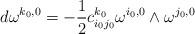
LaTeX: \begin{align*}d\omega^{k_{0},0}= -\frac{1}{2} c_{i_{ 0}j_{ 0}}^{k_{ 0}}\omega^{i_{ 0}, 0} \wedge \omega^{j_{ 0}, 0}\end{align*}